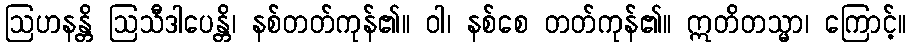
ဩဟနန္တိ ဩသီဒါပေန္တိ၊ နစ်တတ်ကုန်၏။ ဝါ၊ နစ်စေ တတ်ကုန်၏။ ဣတိတသ္မာ၊ ကြောင့်။